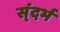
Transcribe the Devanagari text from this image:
स्ंदर्भ